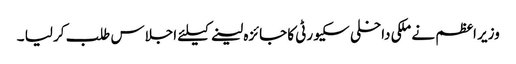
وزیر اعظم نے ملکی داخلی سکیورٹی کا جائزہ لینے کیلئے اجلاس طلب کر لیا ۔